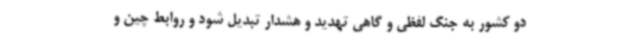
دو کشور به جنگ لفظی و گاهی تهدید و هشدار تبدیل شود و روابط چین و